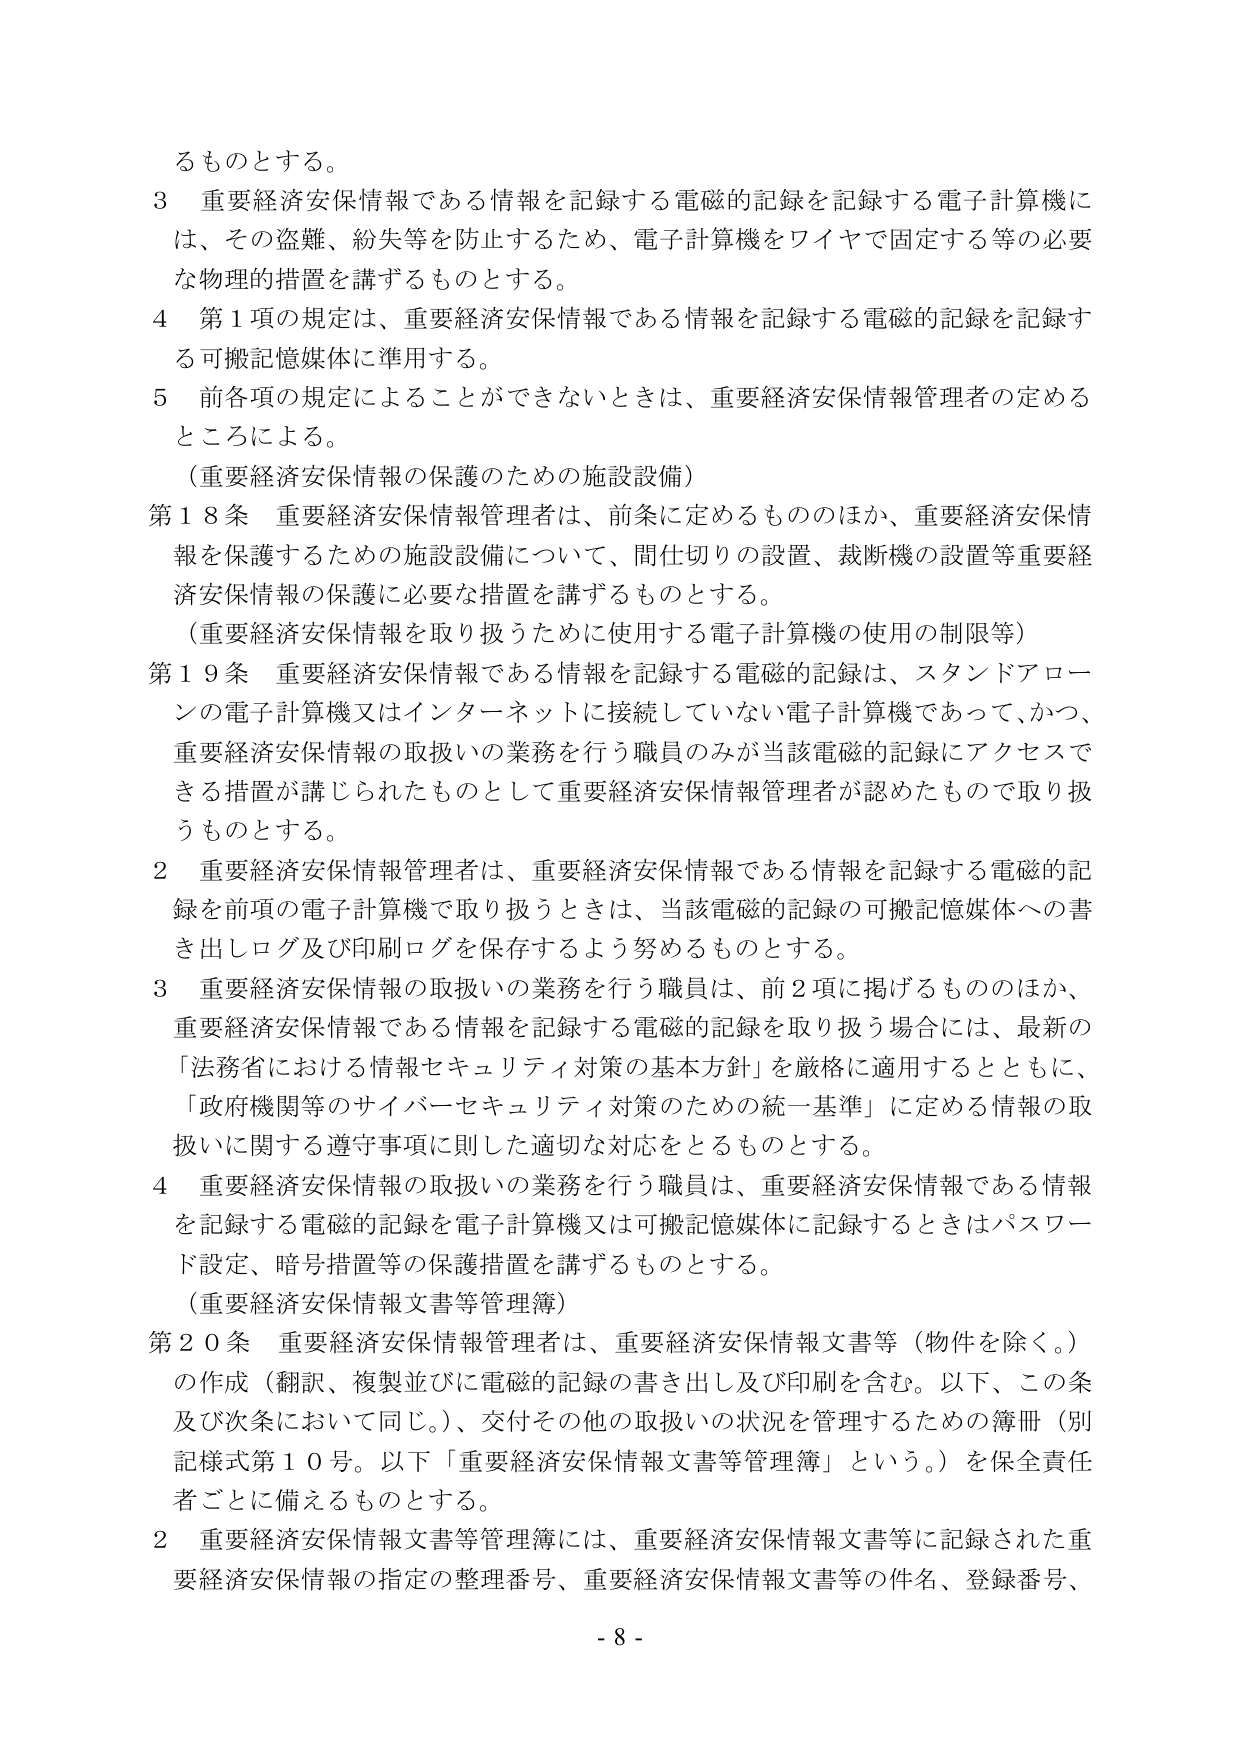
るものとする。

3 重要経済安保情報である情報を記録する電磁的記録を記録する電子計算機には、その盗難、紛失等を防止するため、電子計算機をワイヤで固定する等の必要な物理的措置を講ずるものとする。

4 第1項の規定は、重要経済安保情報である情報を記録する電磁的記録を記録する可搬記憶媒体に準用する。

5 前各項の規定によることができないときは、重要経済安保情報管理者の定めるところによる。

（重要経済安保情報の保護のための施設設備）

第18条 重要経済安保情報管理者は、前条に定めるもののほか、重要経済安保情報を保護するための施設設備について、間仕切りの設置、裁断機の設置等重要経済安保情報の保護に必要な措置を講ずるものとする。

（重要経済安保情報を取り扱うために使用する電子計算機の使用の制限等）

第19条 重要経済安保情報である情報を記録する電磁的記録は、スタンドアローンの電子計算機又はインターネットに接続していない電子計算機であって、かつ、重要経済安保情報の取扱いの業務を行う職員のみが当該電磁的記録にアクセスできる措置が講じられたものとして重要経済安保情報管理者が認めたもので取り扱うものとする。

2 重要経済安保情報管理者は、重要経済安保情報である情報を記録する電磁的記録を前項の電子計算機で取り扱うときは、当該電磁的記録の可搬記憶媒体への書き出しログ及び印刷ログを保存するよう努めるものとする。

3 重要経済安保情報の取扱いの業務を行う職員は、前2項に掲げるもののほか、重要経済安保情報である情報を記録する電磁的記録を取り扱う場合には、最新の「法務省における情報セキュリティ対策の基本方針」を厳格に適用するとともに、「政府機関等のサイバーセキュリティ対策のための統一基準」に定める情報の取扱いに関する遵守事項に則した適切な対応をとるものとする。

4 重要経済安保情報の取扱いの業務を行う職員は、重要経済安保情報である情報を記録する電磁的記録を電子計算機又は可搬記憶媒体に記録するときはパスワード設定、暗号措置等の保護措置を講ずるものとする。

（重要経済安保情報文書等管理簿）

第20条 重要経済安保情報管理者は、重要経済安保情報文書等（物件を除く。）の作成（翻訳、複製並びに電磁的記録の書き出し及び印刷を含む。以下、この条及び次条において同じ。）、交付その他の取扱いの状況を管理するための簿冊（別記様式第10号。以下「重要経済安保情報文書等管理簿」という。）を保全責任者ごとに備えるものとする。

2 重要経済安保情報文書等管理簿には、重要経済安保情報文書等に記録された重要経済安保情報の指定の整理番号、重要経済安保情報文書等の件名、登録番号、

- 8 -